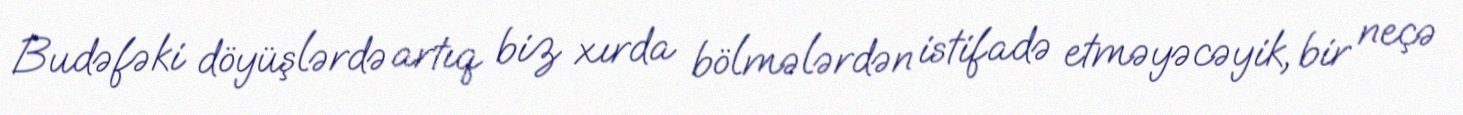
Budəfəki döyüşlərdə artıq biz xırda bölmələrdən istifadə etməyəcəyik, bir neçə